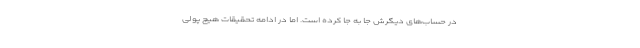
در حساب‌های دیگرش جا به جا کرده است. اما در ادامه تحقیقات هیچ پولی